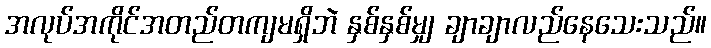
အလုပ်အကိုင်အတည်တကျမရှိဘဲ နှစ်နှစ်မျှ ချာချာလည်နေသေးသည်။